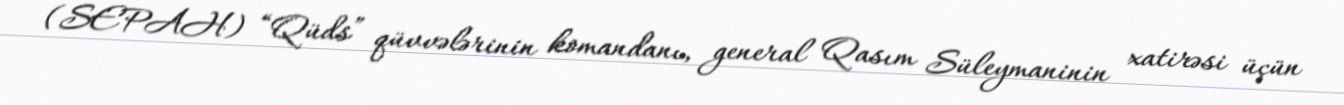
(SEPAH) “Qüds” qüvvələrinin komandanı, general Qasım Süleymaninin xatirəsi üçün